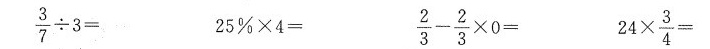
$$\frac { 3 } { 7 } \div 3 =$$ $$25 % \times 4 =$$ $$\frac { 2 } { 3 } - \frac { 2 } { 3 } \times 0 =$$ $$24 \times \frac{ 3 } { 4 } =$$